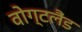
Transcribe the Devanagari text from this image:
वोग्टलैंड